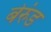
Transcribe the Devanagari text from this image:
बेरुंड